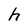
Character: h